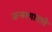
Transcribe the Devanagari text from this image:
जन्मस्थानाचे